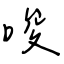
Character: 唆